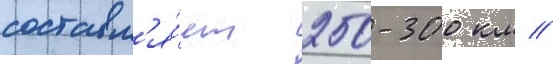
составл'я́ет 250-300 км //